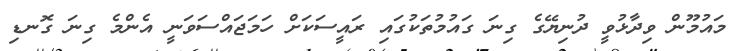
މައުމޫން ވިދާޅުވީ ދުނިޔޭގެ ގިނަ ގައުމުތަކުގައި ރައީސަކަށް ހަމަޖައްސަވަނީ އެންމެ ގިނަ ގޮނޑި